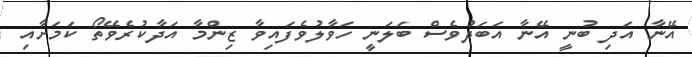
އޭނާ އަދި ބުނީ އޭނާ އަބަދުވެސް ބަލަނީ ހަވާލުވެފައިވާ ޒިންމާ އަދާކުރެވޭތޯ ކަމަށާއި